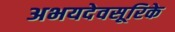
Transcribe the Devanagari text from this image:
अभयदेवसूरिके